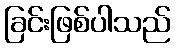
ခြင်းဖြစ်ပါသည်